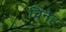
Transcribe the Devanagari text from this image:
चिनेह